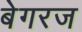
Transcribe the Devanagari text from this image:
बेगरज